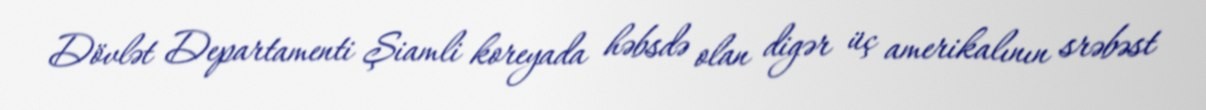
Dövlət Departamenti Şiamli koreyada həbsdə olan digər üç amerikalının srəbəst